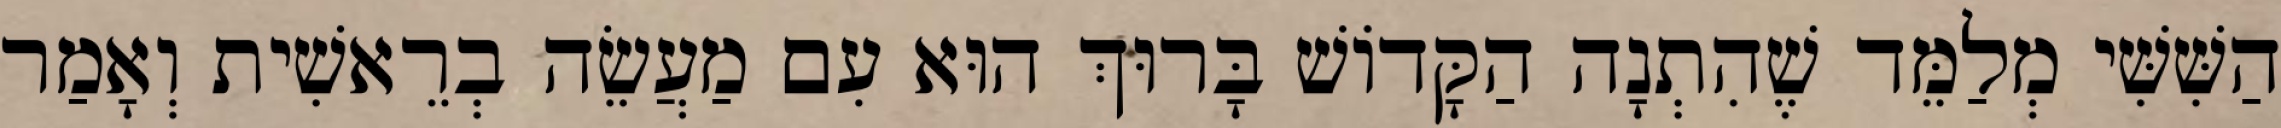
הַשִּׁשִּׁי מְלַמֵּד שֶׁהִתְנָה הַקָּדוֹשׁ בָּרוּךְ הוּא עִם מַעֲשֵׂה בְרֵאשִׁית וְאָמַר